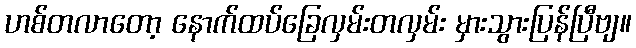
ဟစ်တလာတော့ နောက်ထပ်ခြေလှမ်းတလှမ်း မှားသွားပြန်ပြီဗျ။